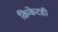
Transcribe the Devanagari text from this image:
क्रिकेटही